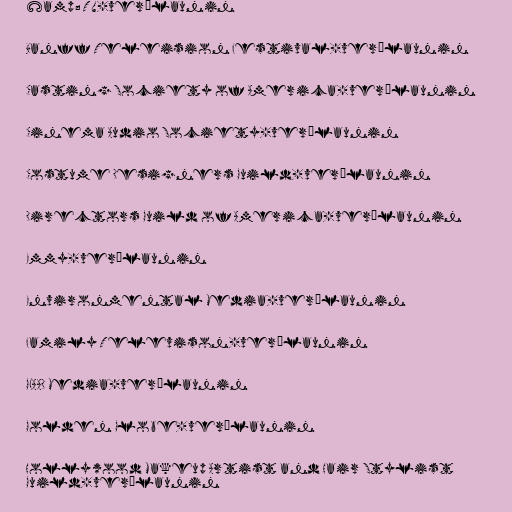
&amp; TV-verðlaunin

Banff Teleision Festival-verðlaunin

Casting Society of America-verðlaunin

Cinema Audio Society-verðlaunin

Costume Designers Guild-verðlaunin

Directors Guild of America-verðlaunin

Emmy-verðlaunin

Environmental Media-verðlaunin

Family Televison-verðlaunin

GLAAD Media-verðlaunin

Golden Globe-verðlaunin

Hollywood Makeup Artist and Hair Stylist
Guild-verðlaunin